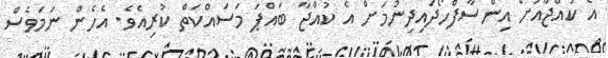
އެ ކުއްޖާއަށް އިންސާފްހޯދައިދިނުމަށް އެ ކުއްޖާ ބައްޕަ މަސައްކަތް ކުރިއެވެ. އެހެން ނަމަވެސް